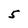
Character: 5